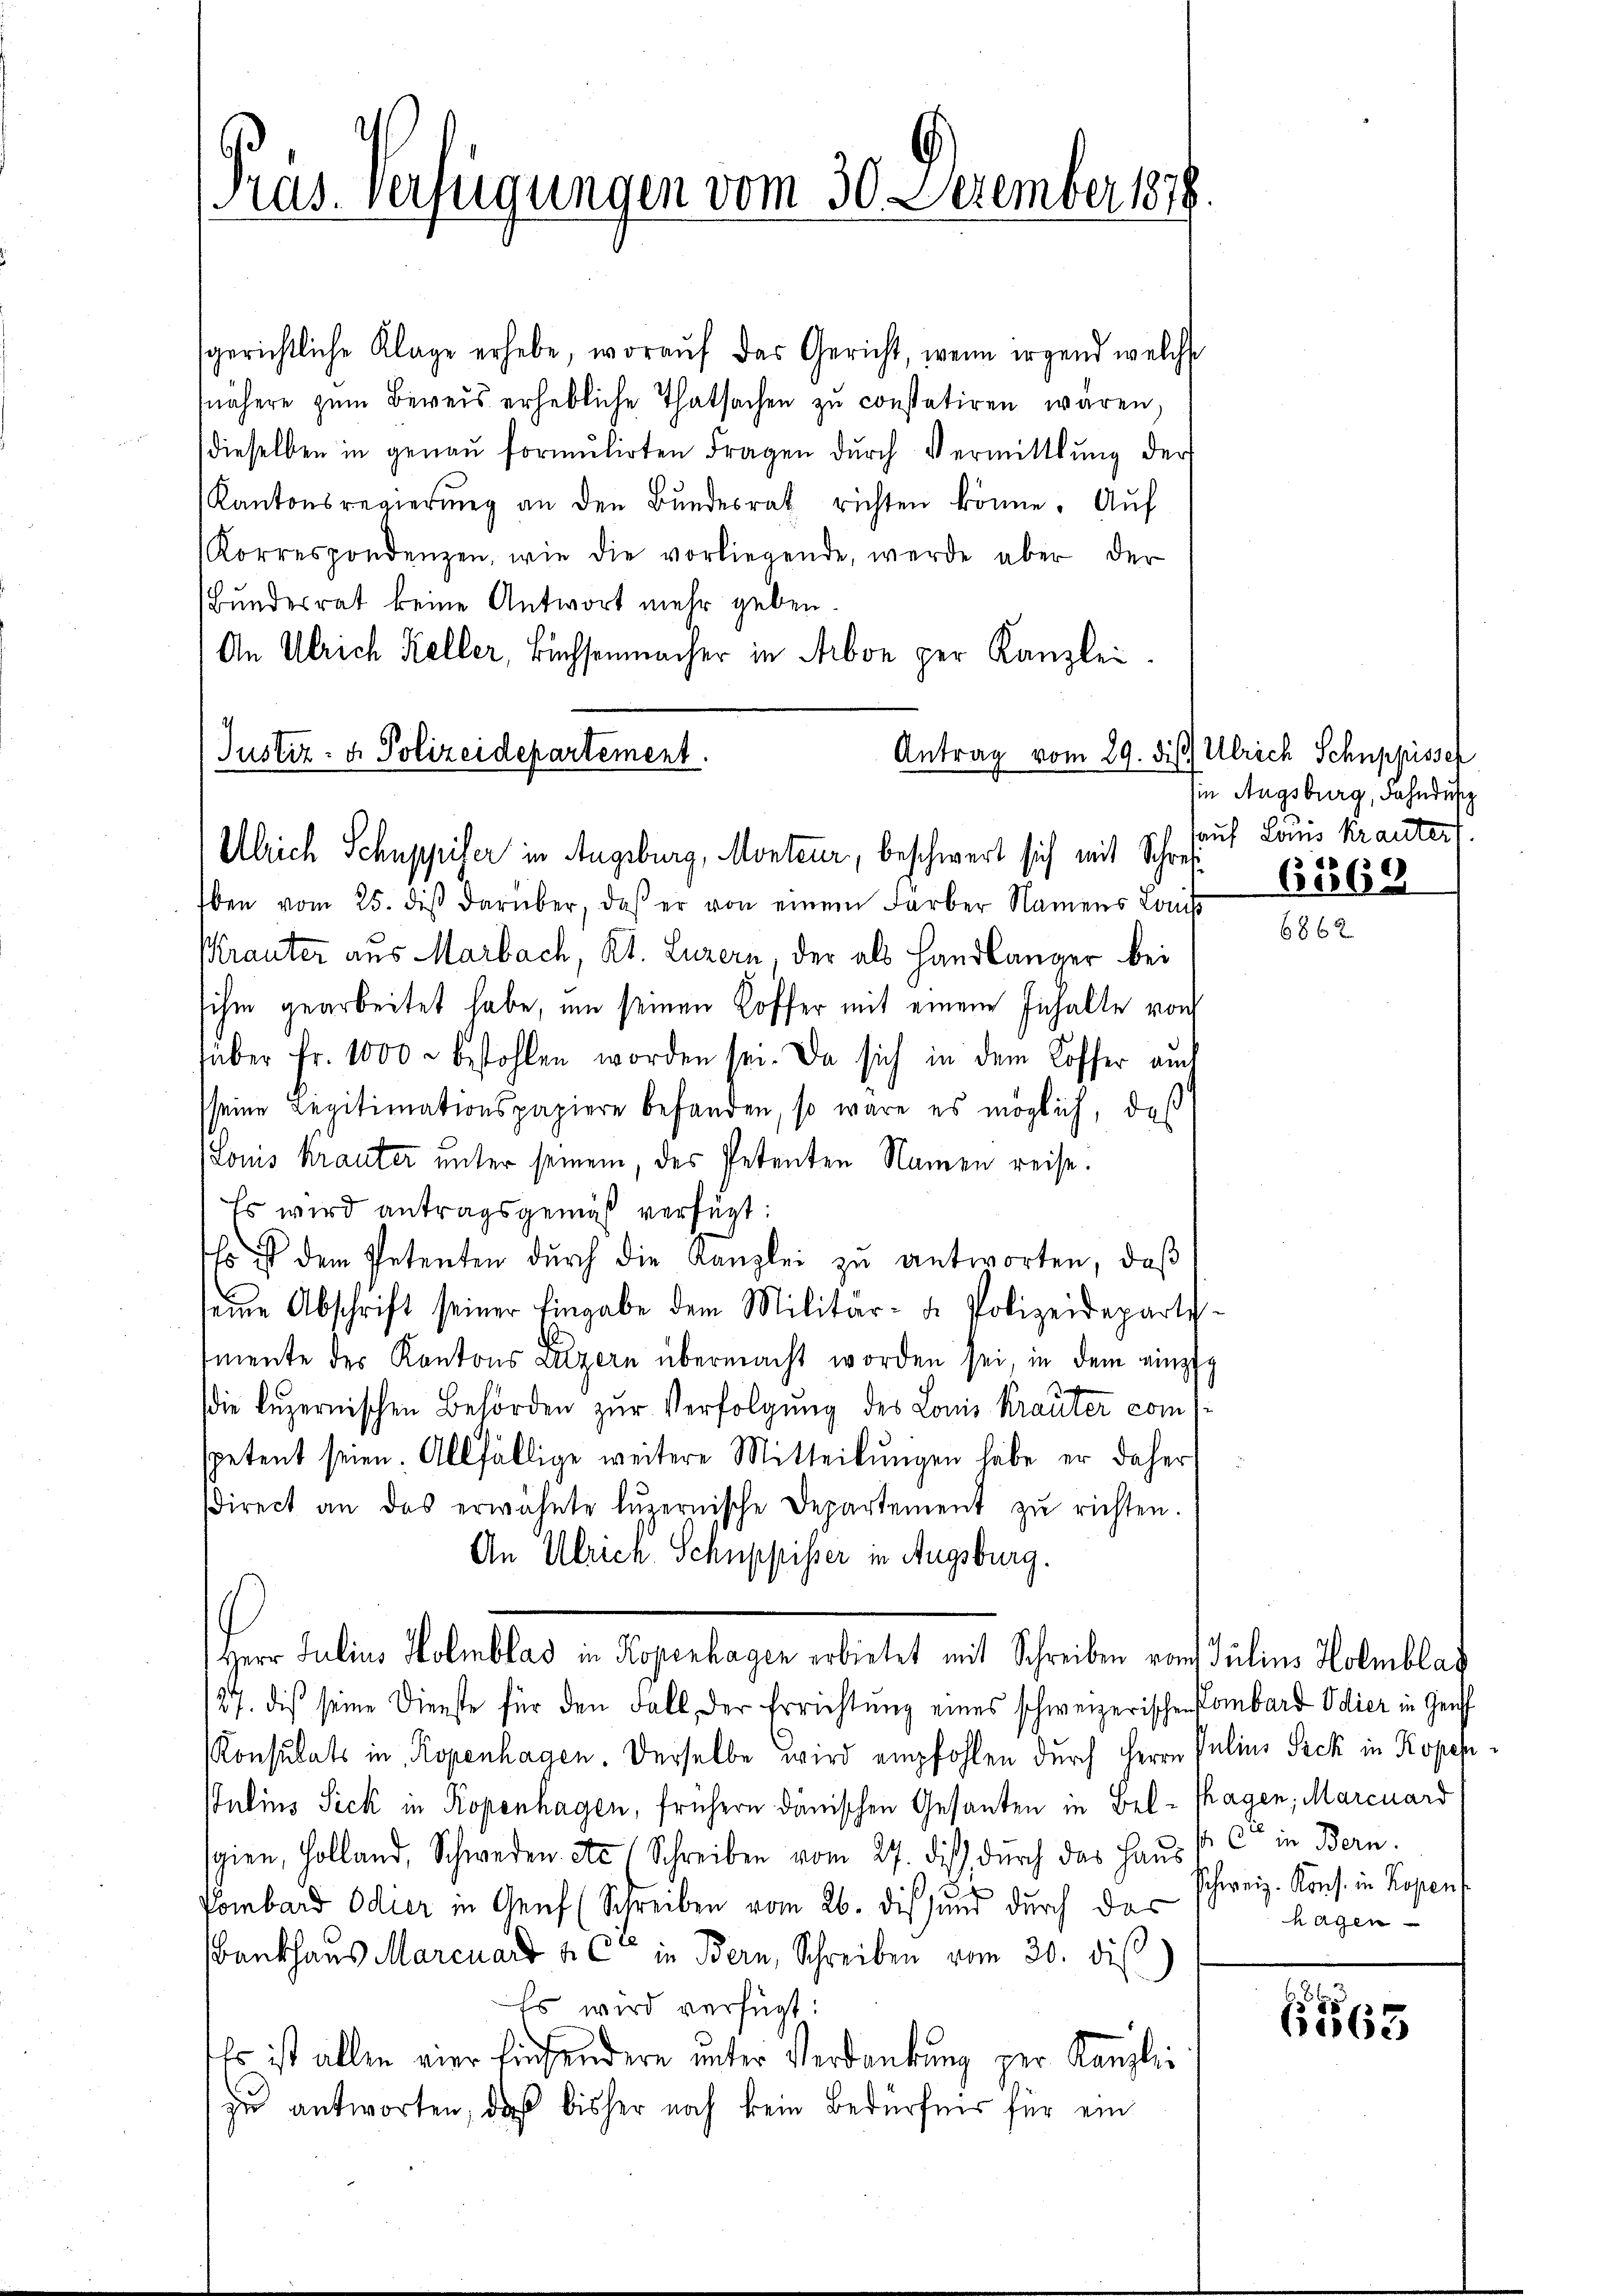
Pras Verfügungen vom 30 Dezember 1858.

sgerichtliche Klage erhebe, worauf das Gericht, wenn irgend welche
nähere zum Beweis erhebliche Thatsachen zu constatiren wären,
dieselben in genaŭ formŭlirten Fragen dŭrch Vermittlung der
Kantonsregierŭng an den Bŭndesrat richten könne. Aŭf
Korrespondenzen, wie die vorliegende, werde aber der
Bundesrat keine Antwort mehr geben.
An Ulrich Keller, Büchsenmacher in Arbon per Kanzlei
Antrag vom 29. dis Ulrich Schuppissel
Justiz- & Polizeidepartement.

Ulrich Schuppiser in Augsburg, Monteur, beschwert sich mit Schrei

ben vom 25. diβ darüber, daß er von einem Farber Namens Louis
Krauter aus Marbach, Kt. Luzern, der als Handlänger bei
ihm gearbeitet habe, um seinen Löffer mit einem Inhalte von
füber Fr. 1000 r bestohlen worden sei. Da sich in dem Koffer auch
sseine Legitimationspapiere befanden, so wäre es möglich, daß
Louis krauter unter seinem, des Petenten Namen reise.
Es wird antragsgemäß verfügt:
Es ist dem Petenten dŭrch die Kanzlei zŭ antworten, daβ
seine Abschrift seiner Eingabe dem Militär- u. Polizeideparti-
mente des Kantons Luzern übermacht worden sei, in dem einzig
s
die Luzernischen Behörden zur Verfolgung des Louis Krauter com
spetent seien. Allfällige weitere Mitteilŭngen habe er daher
sdirect an das erwähnte luzernische Departement zŭ richten.
An Ulrich Schuppisser in Augsburg.
Herr Julius Holmblar in Kopenhagen erbietet mit Schreiben vom Julius Holmblag
27. dies seine Dienste für den Fall der Errichtung eines schweizerischen Pombard Odier in Genf
Konsulats in Kopenhagen. Derselbe wird empfohlen durch Herrn Pulins Seck in Kopehstulins Sick in Kopenhagen, frühere danischen Gesanten in Bel-Thagen, Marcuard
sgien, Holland, Schweden etc. Schreiben vom 27. dieß durch das Hausst C in Bern.
Pombard Odier in Genf (Schreiben vom 26. dies und durch das
Bankhaus Marcuard & Cie in Bern, Schreiben vom 20. dies
Es wird verfügt:
Es ist allen vier Einsendern unter Verdankung zur Kanzlie
zu antworten, daß bisher noch kein Bedürfnis für ein

sin Augsburg, Fahndußz
sauf Louis Krautert.
6569

schweiz. Kons. in Kopen
hagen

(165